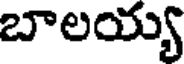
బాలయ్య